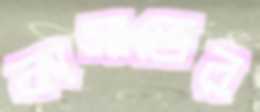
কাসাভের